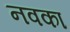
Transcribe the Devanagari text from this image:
नवका